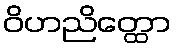
ဝိဟညိတ္ထော